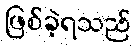
ဖြစ်ခဲ့ရသည်